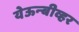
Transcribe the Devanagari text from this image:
येऊन्बीव्हर